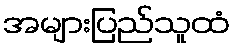
အများပြည်သူထံ